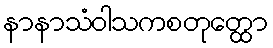
နာနာသံဝါသကစတုတ္ထော